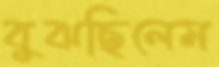
বুঝছিলেম